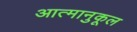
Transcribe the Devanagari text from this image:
आत्मानुकूल